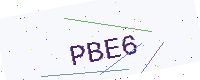
Text: PBE6